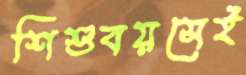
শিশুবয়সেই